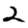
Digit: 2